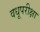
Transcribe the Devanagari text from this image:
वधूपरीक्षा